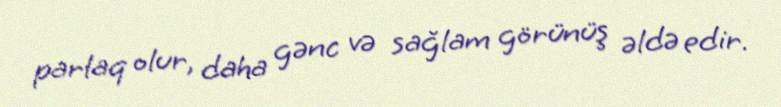
parlaq olur, daha gənc və sağlam görünüş əldə edir.